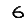
Digit: 6